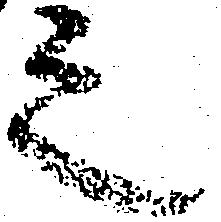
之